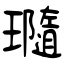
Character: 瓍